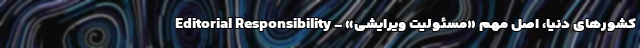
کشور‌های دنیا، اصل مهم «مسئولیت ویرایشی» - Editorial Responsibility